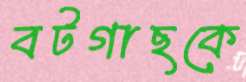
বটগাছকে